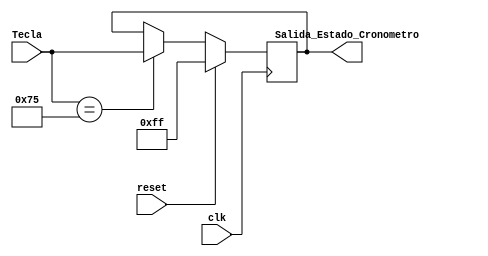
`timescale 1ns / 1ps
//////////////////////////////////////////////////////////////////////////////////
// Company: 
// Engineer: 
// 
// Design Name: 
// Module Name:    Registro_Estado_Cronometro 
// Project Name: 
// Target Devices: 
// Tool versions: 
// Description: 
//
// Dependencies: 
//
// Revision: 
// Revision 0.01 - File Created
// Additional Comments: 
//
//////////////////////////////////////////////////////////////////////////////////
module Registro_Estado_Cronometro(
    input [7:0] Tecla,
	 input clk,
	 input reset,
	 output reg [7:0] Salida_Estado_Cronometro
    );
	 
	 always @(posedge clk)
	    if (reset)
		    Salida_Estado_Cronometro = 8'hFF;
		 else if (Tecla == 8'h75)
		         Salida_Estado_Cronometro = Tecla;
		      else 
		         Salida_Estado_Cronometro = Salida_Estado_Cronometro;
endmodule